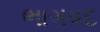
ભાગવદ